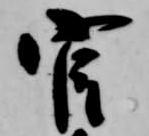
官